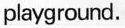
playground.